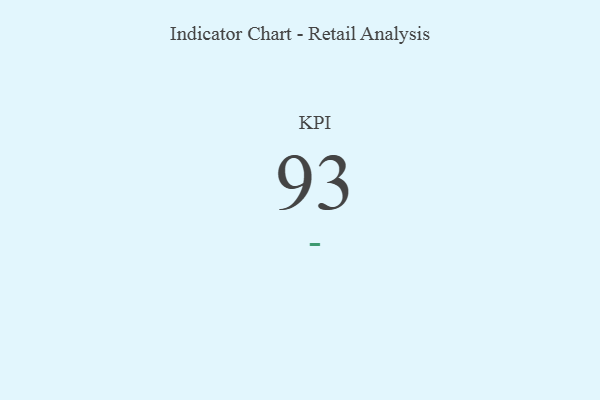
{"axis": {"x": "KPI", "y": "Value"}, "legend": [""], "data": [{"x": "KPI", "y": 93, "type": ""}]}